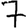
Digit: 7